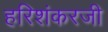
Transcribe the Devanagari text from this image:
हरिशंकरजी